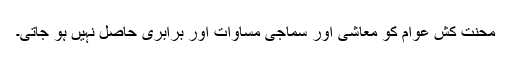
محنت کش عوام کو معاشی اور سماجی مساوات اور برابری حاصل نہیں ہو جاتی۔